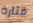
مثارة